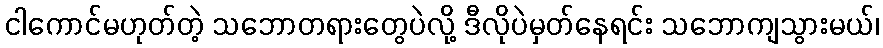
ငါကောင်မဟုတ်တဲ့ သဘောတရားတွေပဲလို့ ဒီလိုပဲမှတ်နေရင်း သဘောကျသွားမယ်၊